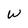
Character: w